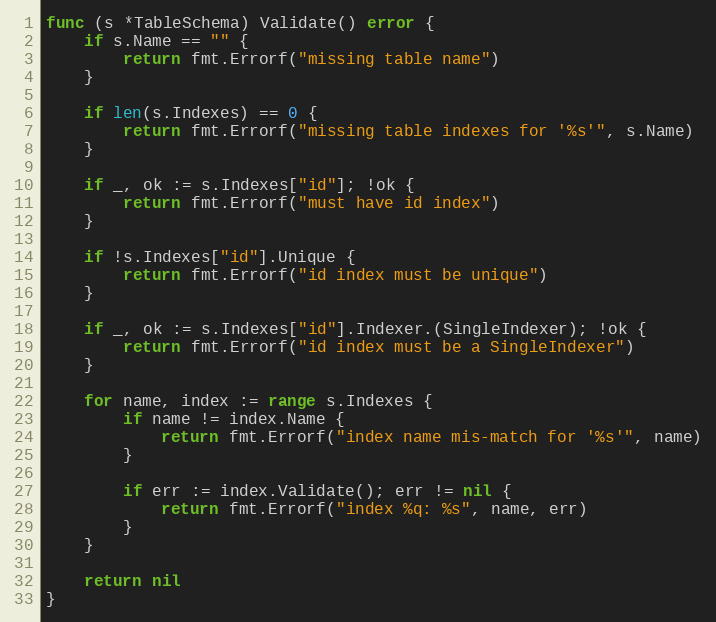
Language: Go
func (s *TableSchema) Validate() error {
	if s.Name == "" {
		return fmt.Errorf("missing table name")
	}

	if len(s.Indexes) == 0 {
		return fmt.Errorf("missing table indexes for '%s'", s.Name)
	}

	if _, ok := s.Indexes["id"]; !ok {
		return fmt.Errorf("must have id index")
	}

	if !s.Indexes["id"].Unique {
		return fmt.Errorf("id index must be unique")
	}

	if _, ok := s.Indexes["id"].Indexer.(SingleIndexer); !ok {
		return fmt.Errorf("id index must be a SingleIndexer")
	}

	for name, index := range s.Indexes {
		if name != index.Name {
			return fmt.Errorf("index name mis-match for '%s'", name)
		}

		if err := index.Validate(); err != nil {
			return fmt.Errorf("index %q: %s", name, err)
		}
	}

	return nil
}